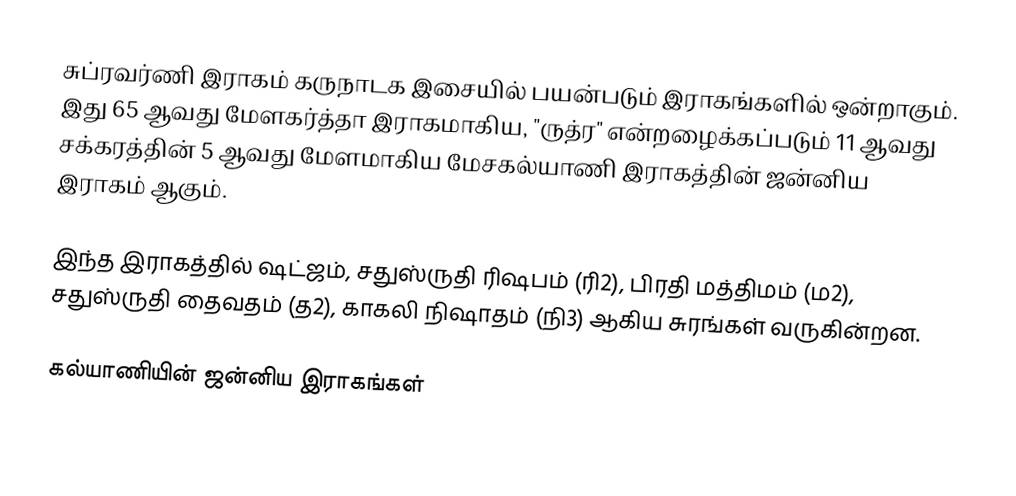
சுப்ரவர்ணி இராகம் கருநாடக இசையில் பயன்படும் இராகங்களில் ஒன்றாகும். இது 65 ஆவது மேளகர்த்தா இராகமாகிய, "ருத்ர" என்றழைக்கப்படும் 11 ஆவது சக்கரத்தின் 5 ஆவது மேளமாகிய மேசகல்யாணி இராகத்தின் ஜன்னிய இராகம் ஆகும்.

இந்த இராகத்தில் ஷட்ஜம், சதுஸ்ருதி ரிஷபம் (ரி2),  பிரதி மத்திமம் (ம2), சதுஸ்ருதி தைவதம் (த2), காகலி நிஷாதம்  (நி3) ஆகிய சுரங்கள் வருகின்றன.

கல்யாணியின் ஜன்னிய இராகங்கள்